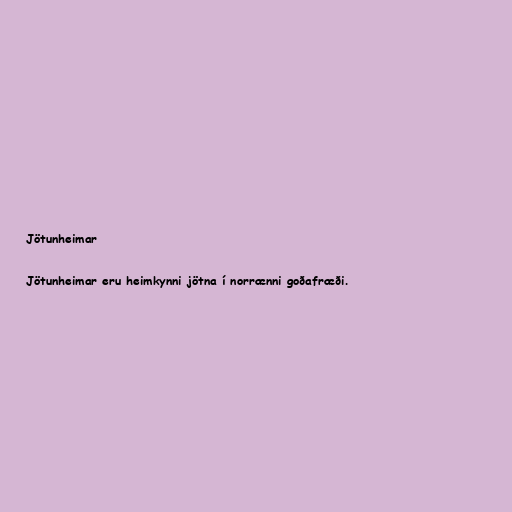
Jötunheimar

Jötunheimar eru heimkynni jötna í norrænni goðafræði.